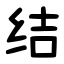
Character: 结